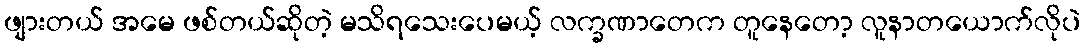
ဖျားတယ် အမေ ဖစ်တယ်ဆိုတဲ့ မသိရသေးပေမယ့် လက္ခဏာတေက တူနေတော့ လူနာတယောက်လိုပဲ